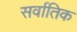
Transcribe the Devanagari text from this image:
सर्वातिक